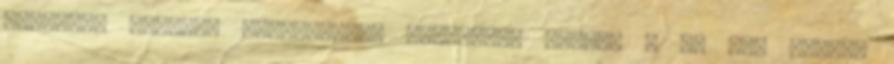
rendszer második felügyeleti auditjára június 7 és 9-e között